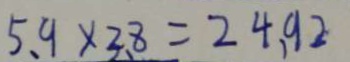
5 . 9 \times 3 . 8 = 2 4 . 9 2